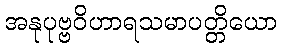
အနုပုဗ္ဗဝိဟာရသမာပတ္တိယော